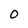
Character: 0